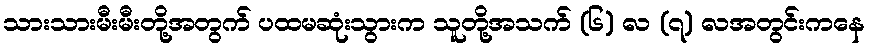
သားသားမီးမီးတို့အတွက် ပထမဆုံးသွားက သူတို့အသက် (၆) လ (၇) လအတွင်းကနေ